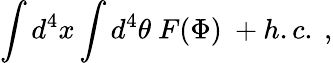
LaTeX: \int d^{4}x\int d^{4}\theta\ F(\Phi)\ +h.c.\ ,